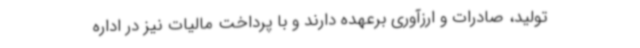
تولید، صادرات و ارزآوری برعهده دارند و با پرداخت مالیات نیز در اداره